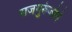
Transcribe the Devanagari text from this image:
राजगुरूंजोगे